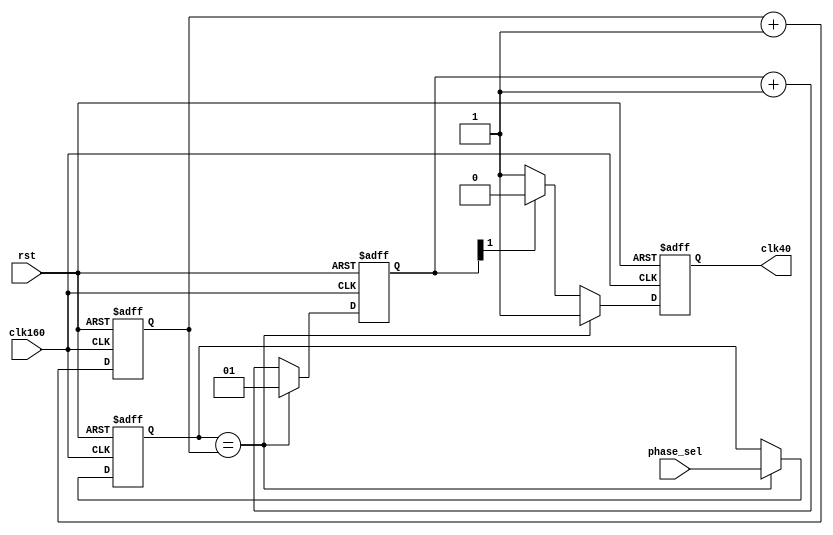
//Selects a 160MHz phase to start 40MHz clock from
module clock_picker(
   input  clk160,
   input  rst,
   input  [1:0] phase_sel,
   output clk40
);

reg [1:0] phase_seli, phase_cnt, clk_div;
reg clk_out;

assign clk40 = clk_out;

always @ (posedge clk160 or posedge rst) begin
   if (rst) begin
      phase_seli <= 2'b00;
      phase_cnt  <= 2'b00;
      clk_div    <= 2'b01;
      clk_out    <= 1'b0;
   end
   else begin
      phase_cnt  <= phase_cnt + 1;
      if (phase_seli == phase_cnt) begin
         phase_seli <= phase_sel;
         clk_div    <= 2'b01;
         clk_out    <= 1'b1;
      end
      else begin
         clk_div <= clk_div + 1;
         if (clk_div[1] == 1'b1) begin
            clk_out <= 1'b0;
         end
         else begin
            clk_out <= 1'b1;
         end
      end
   end
end

endmodule